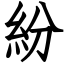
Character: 紛